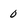
Character: 0